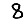
Digit: 8